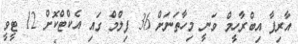
އާރިފާ އިބްރާހީމް ވަނީ މިހާތަނަށް 36 ފިލްމް ގައި އެކްޓްކޮށް 12 ޓީވީ